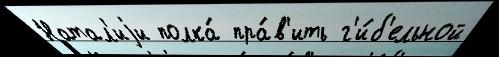
Натал'иjи полка́ пра́в'ить г'и́б'ельной